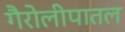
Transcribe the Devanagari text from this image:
गैरोलीपातल